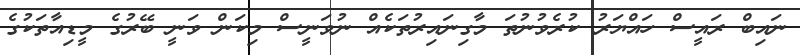
ނައިބް ރައީސް ހައްޔަރު ކުރެވުނުތަ މާގިނައިރުތަކެއް ނުވަނީސް މިކަން ވަނީ ބޭރުގެ މީޑިއާތަކުގެ